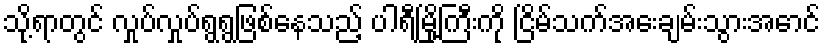
သို့ရာတွင် လှုပ်လှုပ်ရွရွဖြစ်နေသည့် ပါရီမြို့ကြီးကို ငြိမ်သက်အေးချမ်းသွားအောင်